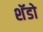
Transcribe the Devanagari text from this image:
शॅडो